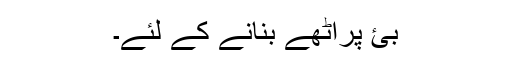
بئ پراٹھے بنانے کے لئے۔